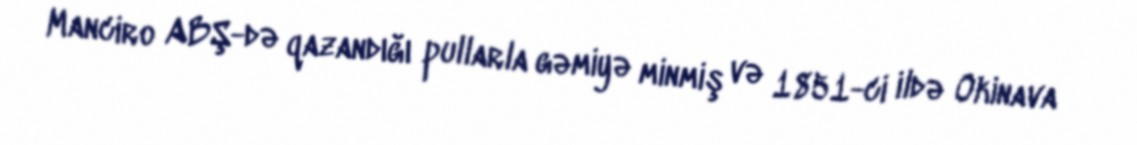
Manciro ABŞ-də qazandığı pullarla gəmiyə minmiş və 1851-ci ildə Okinava